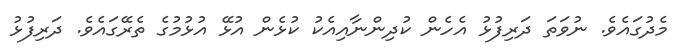
މެދުގައެވެ. ނުވަތަ ދަރިފުޅު އެހެން ކުދިންނާއިއެކު ކުޅެން އުޅޭ އުޅުމުގެ ތެރޭގައެވެ. ދަރިފުޅު